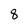
Character: 8